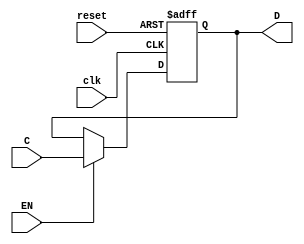
// Universidad del Valle de Guatemala
// Valerie Valdez


//                      Electrnica digital
//                         Laboratorio 10
//                         Ejercicio No. 2


// Flip Flop 4 bits tipo D de 4 bits con reset sncrono y asncrono
module FFD4(input wire clk, reset, EN,
  input wire [3:0]C,
  output reg [3:0]D);

// Con always una seccin del cdigo estar siempre activado
  always @ (posedge clk, posedge reset) begin // Count on the rising edge of the clk

      if(reset) begin // En caso de reset colocar todas las salidas en 0
        D <= 4'b0;
      end

      else if (EN) begin // Entrada igual a la salida
        D <= C;
      end
  end
endmodule


// Flip Flop tipo D de 8 bits
module FETCH(input wire clk, reset, EN, input wire [7:0]D, output wire[3:0]instr, oprnd);

  FFD4 A1(clk, reset, EN, D[7:4], instr); // bits ms significativos
  FFD4 B1(clk, reset, EN, D[3:0], oprnd); // bits menos significativos
endmodule



// Implementar un contador de 12 bits con un enable y capaz de hacer un load
module contador(input wire clk, rst, EN, blo,
  input wire [11:0]load,
  output reg [11:0]val);


// Non-blocking assigment
    always @(posedge clk or posedge rst or posedge blo) begin

      if(rst == 1) // Colocar todos los valores en 0
        val <= 12'b0;

      else if(EN == 1) //Enabled encendido cuenta en cada flanco de reloj
        val <= val + 1;

      else if(blo == 1) // Blo encendido entonces Load comienza a contar
        val <= load;

        end
endmodule


// Implementacin de la memoria ROM de 4Kx8
module Mrom(input wire [11:0]address,
  output wire [7:0]D); // Tamao del dato de 8 bits

  reg[7:0] Mrom[0:4095]; // Ancho y localidades de memoria


// Inicializar la memoria
  initial begin
    $readmemb("Mrom.list", Mrom); // Leer los valores de la lista en binario
  end

  assign D = Mrom[address]; // Asignarle el valor en la direccin dada
endmodule



// Integrando todo
module integrador(input wire clk, reset, ENPC, ENF, blo, input wire [11:0]load, output wire [7:0]P_B, output wire [3:0]instr, output wire [3:0]oprnd);
  wire [11:0]PC;
  contador C1(clk, reset, ENPC, blo, load, PC);
  Mrom C2(PC, P_B);
  FETCH C3(clk, reset, ENF, P_B, instr, oprnd);

endmodule